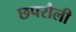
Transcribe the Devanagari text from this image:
छपरौली